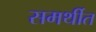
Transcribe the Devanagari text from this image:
समर्थीत